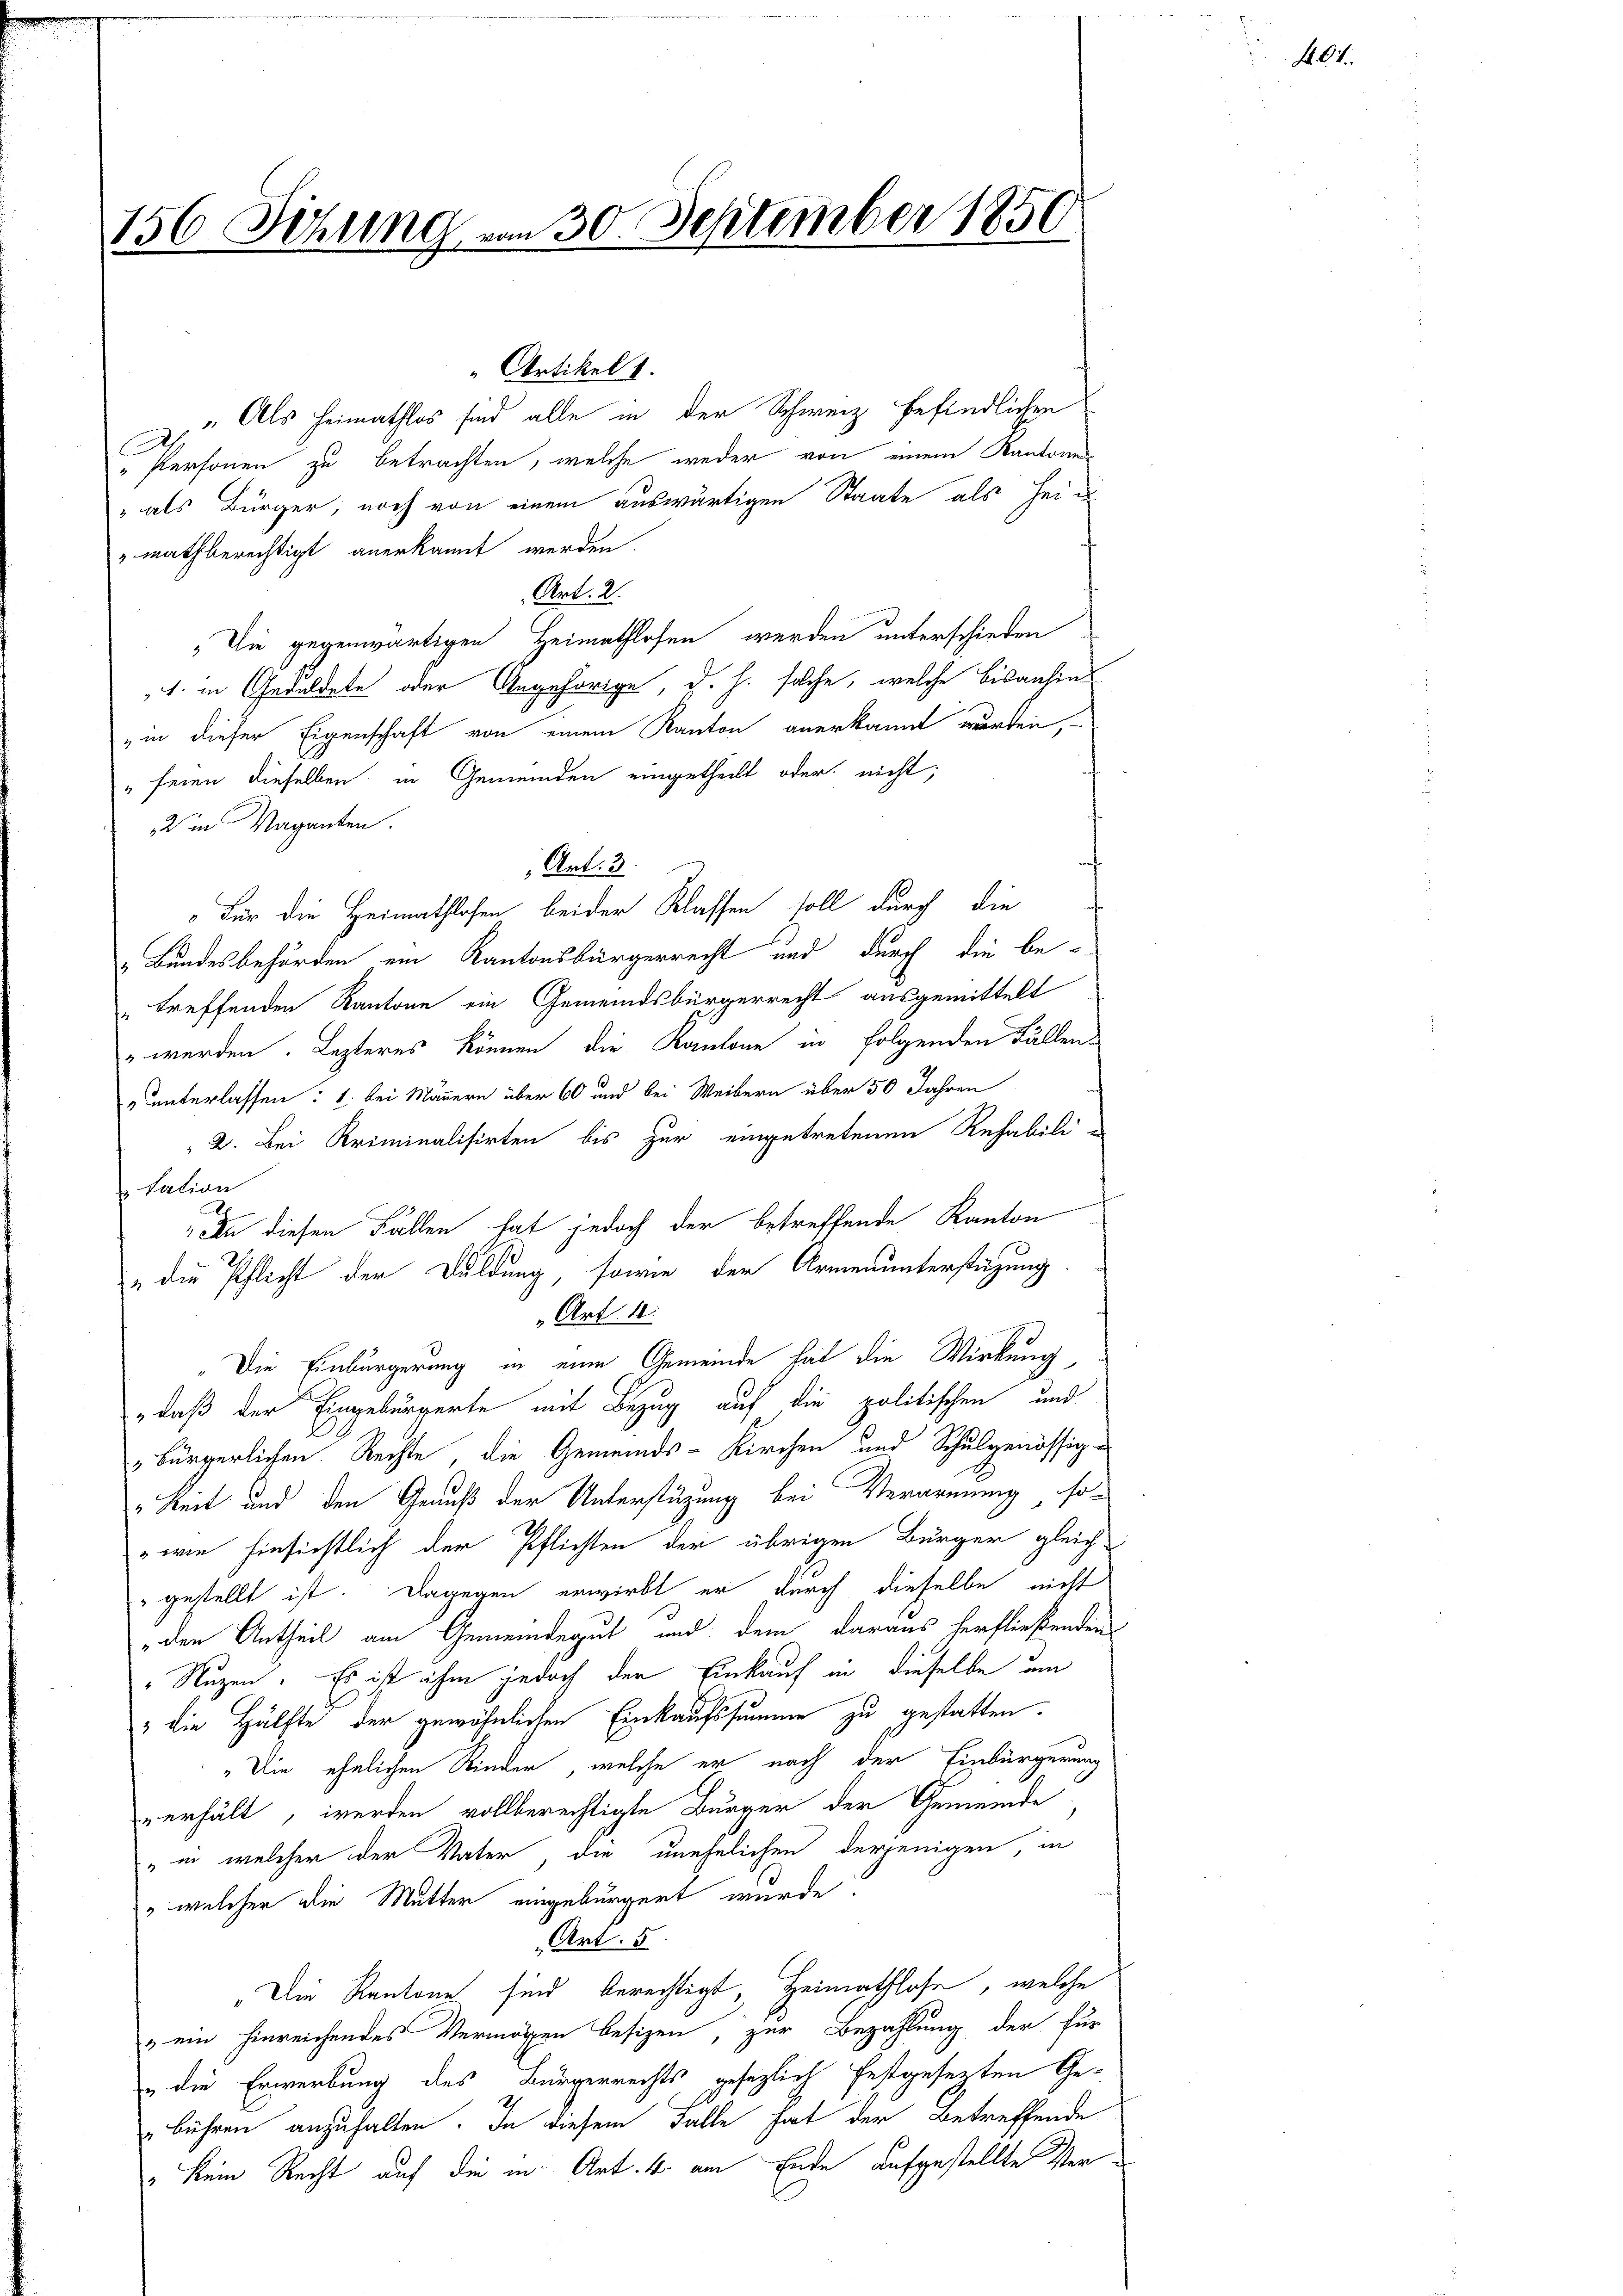
156. Sitzung vom 30. September 1850

Z. Als Heimathlos sind alle in der Schweiz befindlichen
" Personen zu betrachten, welche weder von einem Kantone
" als Bürger, noch von einem auswärtigen Staate als Heid
mathberechtigt anerkannt werden.
Art. 2.
„Die gegenwärtigen Heimathlosen werden unterschieden
1. in Geduldete oder Angehörige, d. h. solche, welche bisanhins
„in dieser Eigenschaft von einem Kanton anerkannt werden,
" seien dieselben in Gemeinden eingetheilt oder nicht;
2 in Vaganten.
Art. 3
"Für die Heimathlosen beider Klassen soll durch die
„Bundesbehörden ein Kantonsbürgerrecht und durch die be-
treffenden Kantone ein Gemeindsbürgerrecht ausgemittelt
 werden. Lezteres können, die Kantone in folgenden Fällen
„unterlassen: 1. bei Männern über 60 und bei Weibern über 50 Jahren
2. Bei Kriminalisirten bis zur eingetretenen Rehabili-
tation
An diesen Fällen hat jedoch der betreffende Kanton
„die Pflicht der Duldung sowie der Armenunterstüzung
Art. 10.
Die Einbürgerung in eine Gemeinde hat die Wirkung
„daß der Eingebürgerte mit Bezug auf die politischen und
bürgerlichen Rechte, die Gemeinds-Kirchen und Schulgenössig-
" Reit und den Genuß der Unterstüzung bei Verarnung sowie hinsichtlich der Pflichten der übrigen Bürger gleich
gestellt ist. Dagegen erwirbt er durch dieselbe nicht
„den Antheil am Gemeindegut und dem daraus herfließenden
"Ruzen. Es ist ihm jedoch der Einkauf in dieselbe um
" die Hälfte der gewöhnlichen Einkaufssumme zu gestatten.
"Die ehelichen Kinder, welche er nach der Einbürgerung
verhält, werden vollberechtigte Bürger der Gemeinde
" in welcher der Vater, die unehelichen derjenigen in
" welcher die Mutter eingebürgert wurde.
Art. 5
"Die Kantone sind berechtigt, Heimathlose, welche
" ein hinreichendes Vermögen besizen, zur Bezahlung der für
 die Erwerbung des Bürgerrechts gesezlich festgesezten Ge¬
"bühren anzuhalten. In diesem Falle hat der Betreffende
" kein Recht auf die in Art. 4. am Ende aufgestellte Ver¬

“ Artikel 1.

K. 64.